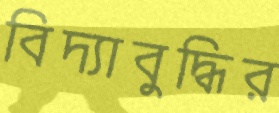
বিদ্যাবুদ্ধির